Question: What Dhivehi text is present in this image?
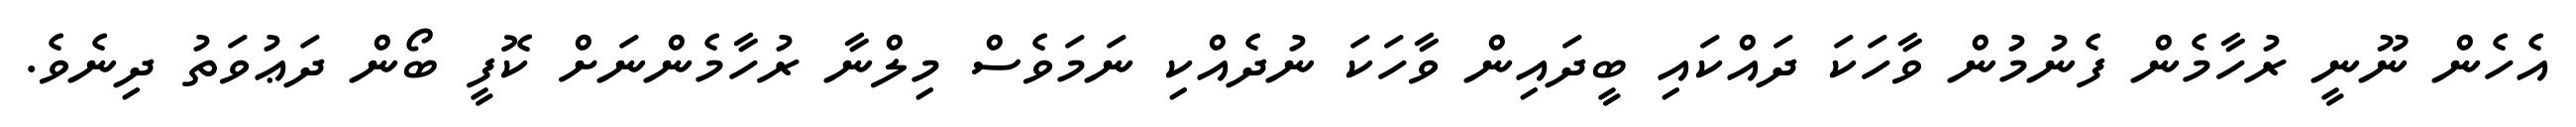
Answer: އެހެން ނޫނީ ރުހާމެން ފެނުމުން ވާހަކަ ދައްކައި ބީދައިން ވާހަކަ ނުދެއްކި ނަމަވެސް މިލްނާ ރުހާމެންނަށް ކޮފީ ބޯން ދަޢުވަތު ދިނެވެ.